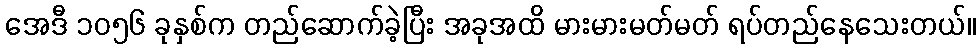
အေဒီ ၁၀၅၆ ခုနှစ်က တည်ဆောက်ခဲ့ပြီး အခုအထိ မားမားမတ်မတ် ရပ်တည်နေသေးတယ်။